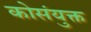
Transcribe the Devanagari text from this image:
कोसंयुक्त